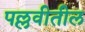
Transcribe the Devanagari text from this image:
पल्लवीतील